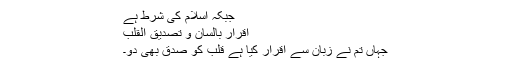
جبکہ اسلام کی شرط ہے
اقرار بالسان و تصدیق القلب
جہاں تم نے زبان سے اقرار کیا ہے قلب کو صدق بھی دو۔